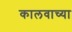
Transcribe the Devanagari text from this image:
कालवाच्या